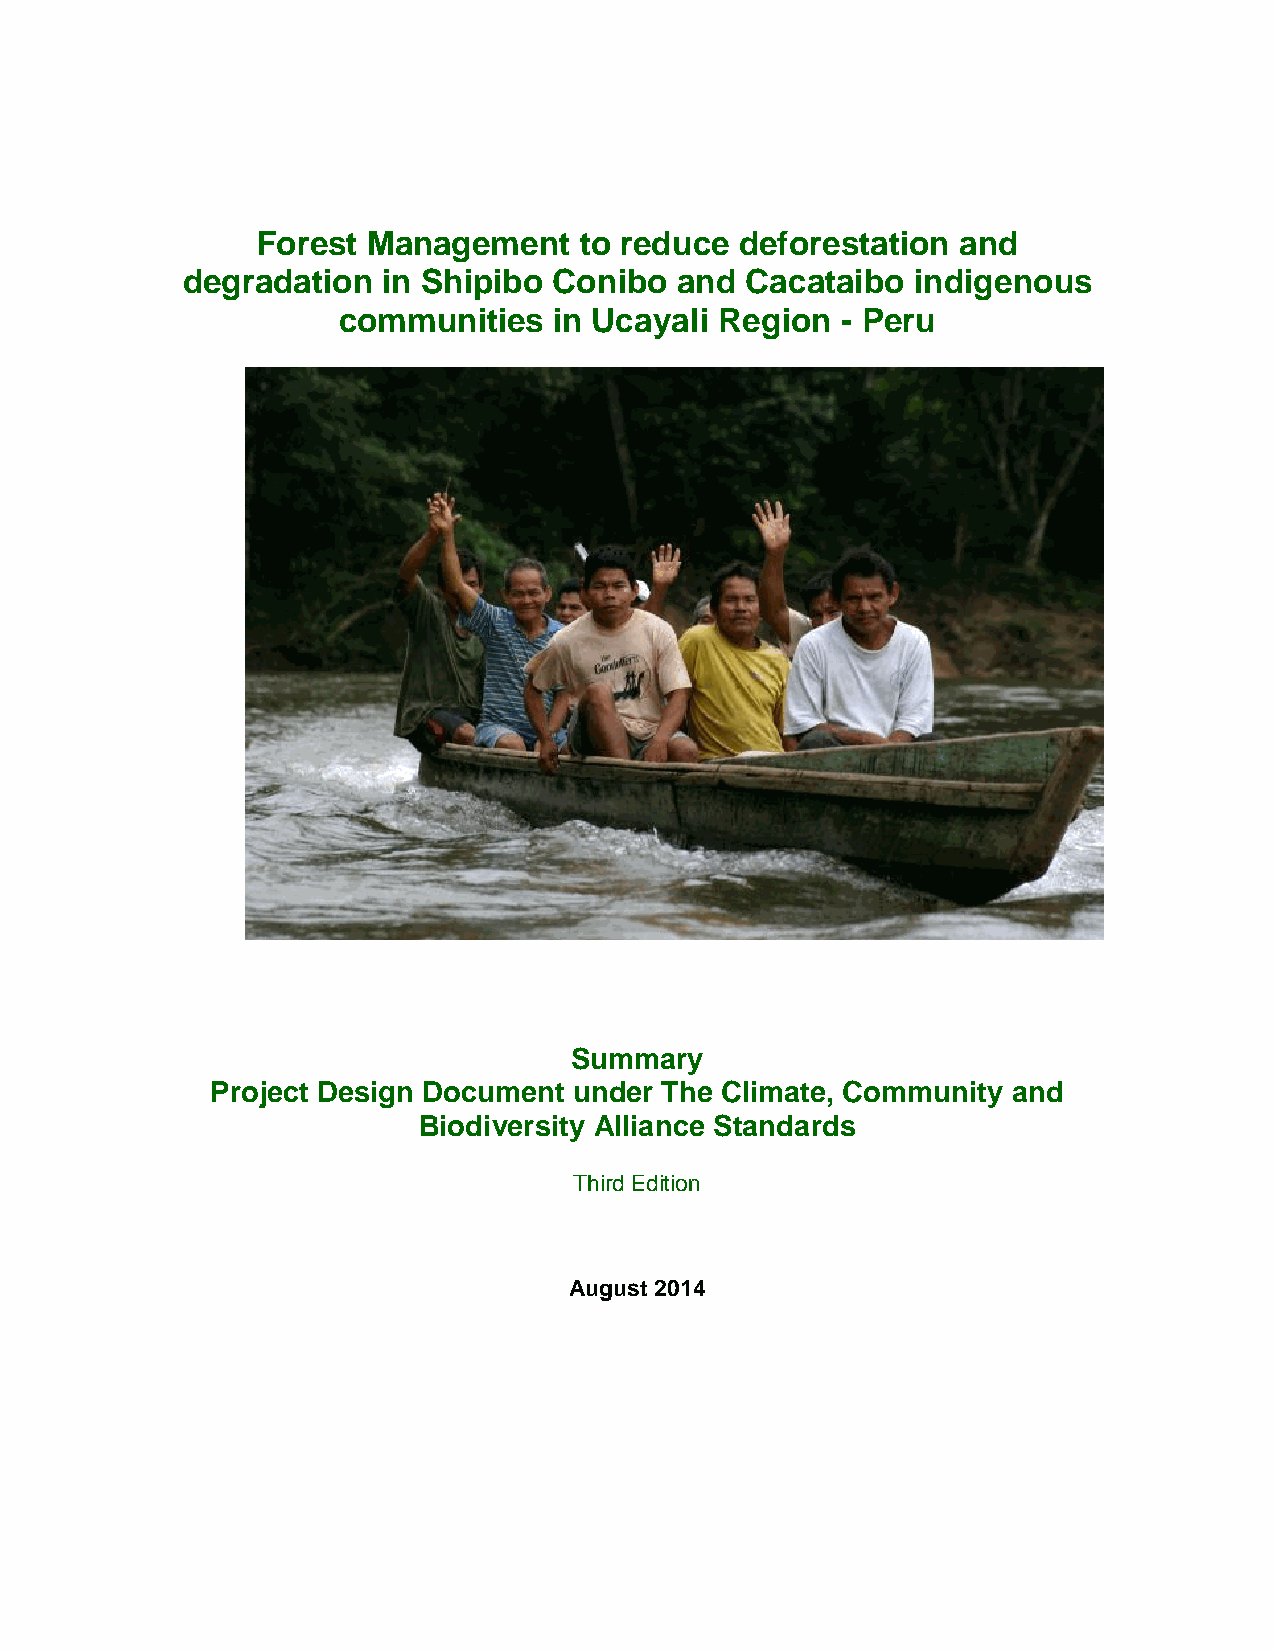
Forest Management    to reduce  deforestation  and
 degradation  in Shipibo  Conibo  and Cacataibo   indigenous
 communities    in Ucayali Region  - Peru
 Summary
 Project Design Document under The Climate, Community and
 Biodiversity Alliance Standards
 Third Edition
 August 2014